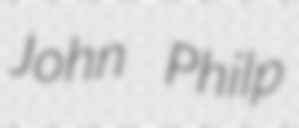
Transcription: John Philp